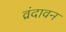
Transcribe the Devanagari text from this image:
व्रंदावन